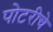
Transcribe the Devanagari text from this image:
पोटरीचे